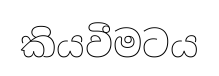
කියවීමටය